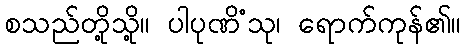
စသည်တို့သို့။ ပါပုဏိံသု၊ ရောက်ကုန်၏။